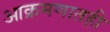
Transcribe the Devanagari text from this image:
आक्रमणातही